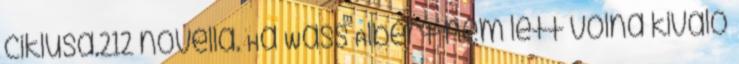
ciklusa.212 novella. Ha Wass Albert nem lett volna kiváló